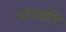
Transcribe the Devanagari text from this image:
पारवति